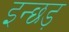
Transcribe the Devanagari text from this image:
इन्छड़